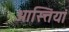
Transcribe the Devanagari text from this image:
आस्त्तियां